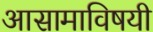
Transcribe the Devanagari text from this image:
आसामाविषयी